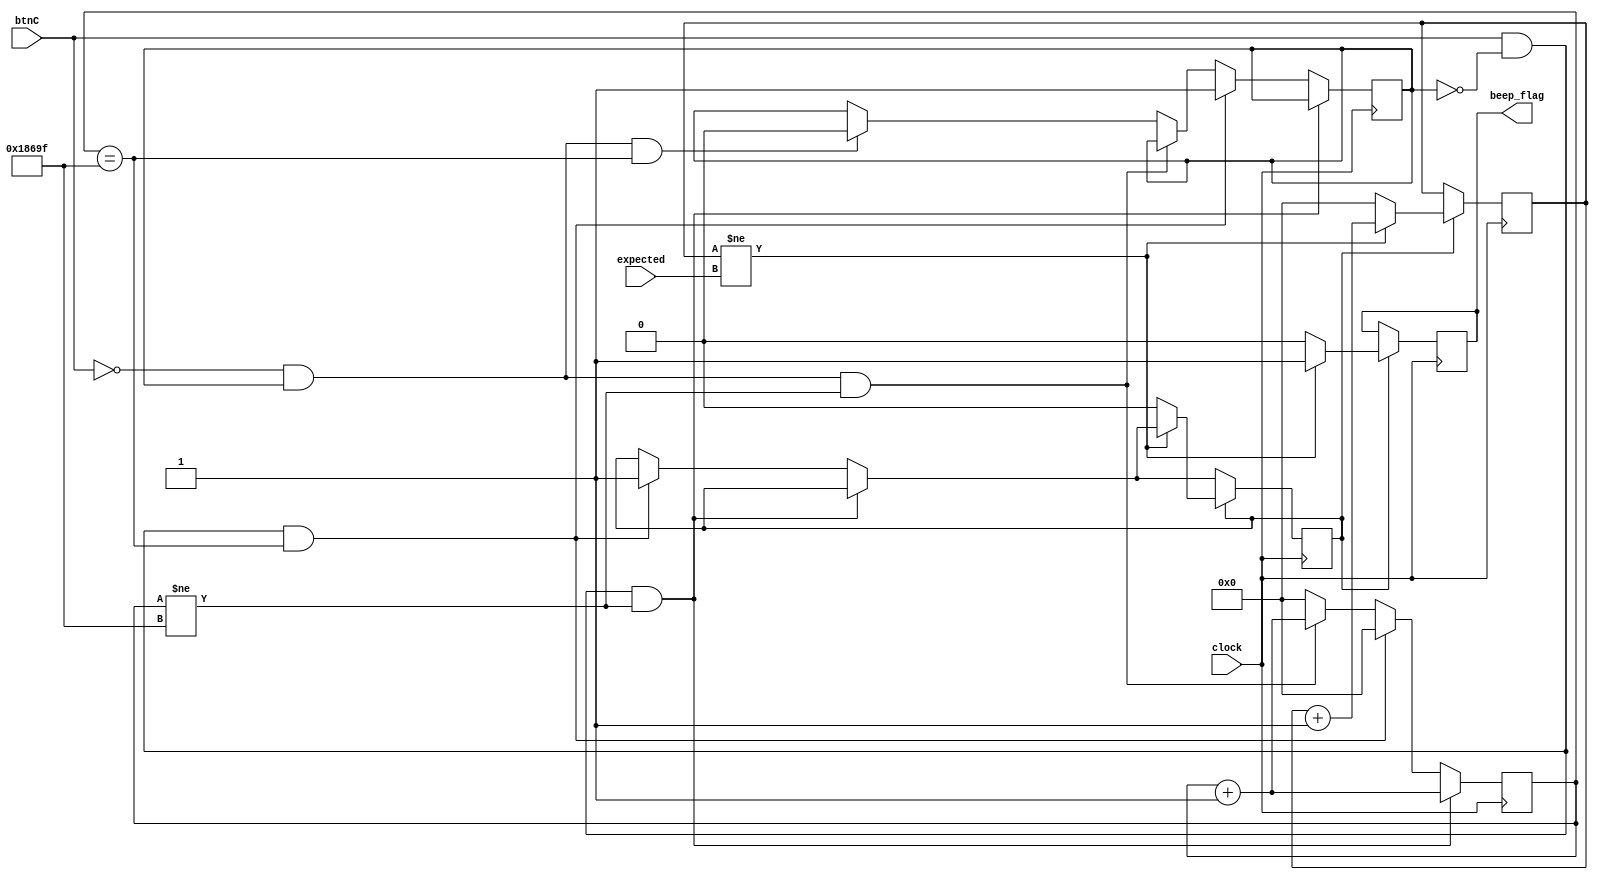
`timescale 1ns / 1ps
//////////////////////////////////////////////////////////////////////////////////
// Company: 
// Engineer: 
// 
// Design Name: 
// Module Name: B_Task
// Project Name: 
// Target Devices: 
// Tool Versions: 
// Description: 
// 
// Dependencies: 
// 
// Revision:
// Revision 0.01 - File Created
// Additional Comments:
// 
//////////////////////////////////////////////////////////////////////////////////


module B_Task(
    input clock,
    input btnC,
    input [31:0] expected,
    output reg beep_flag = 0
    );
    
    reg [31:0] count = 0;
    reg [31:0] debounce_count = 0;
    reg [31:0] debounce_expected = 99999;
    reg run_flag = 0;
    reg unclick_flag = 0;
    
    always @(posedge clock) begin
        if (btnC && !unclick_flag && debounce_count != debounce_expected) begin
            debounce_count <= debounce_count + 1;
        end else if (btnC && !unclick_flag && debounce_count == debounce_expected) begin
            run_flag <= 1;
            unclick_flag <= 1;
            debounce_count <= 0;
        end else if (!btnC && unclick_flag && debounce_count != debounce_expected) begin
            debounce_count <= debounce_count + 1;
        end else if (!btnC && unclick_flag && debounce_count == debounce_expected) begin
           unclick_flag <= 0;
           debounce_count <= 0;  
        end else 
           debounce_count <= 0;      
        if (run_flag) begin
            if (count != expected) begin
                count <= count + 1;
                beep_flag <= 1;
             end else begin
                run_flag <= 0;
                count <= 0;
                beep_flag <= 0;
             end
        end
    end
    
endmodule